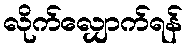
လိုက်လျှောက်ရန်